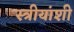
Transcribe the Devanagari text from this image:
स्त्रीयांशी